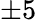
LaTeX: \pm 5